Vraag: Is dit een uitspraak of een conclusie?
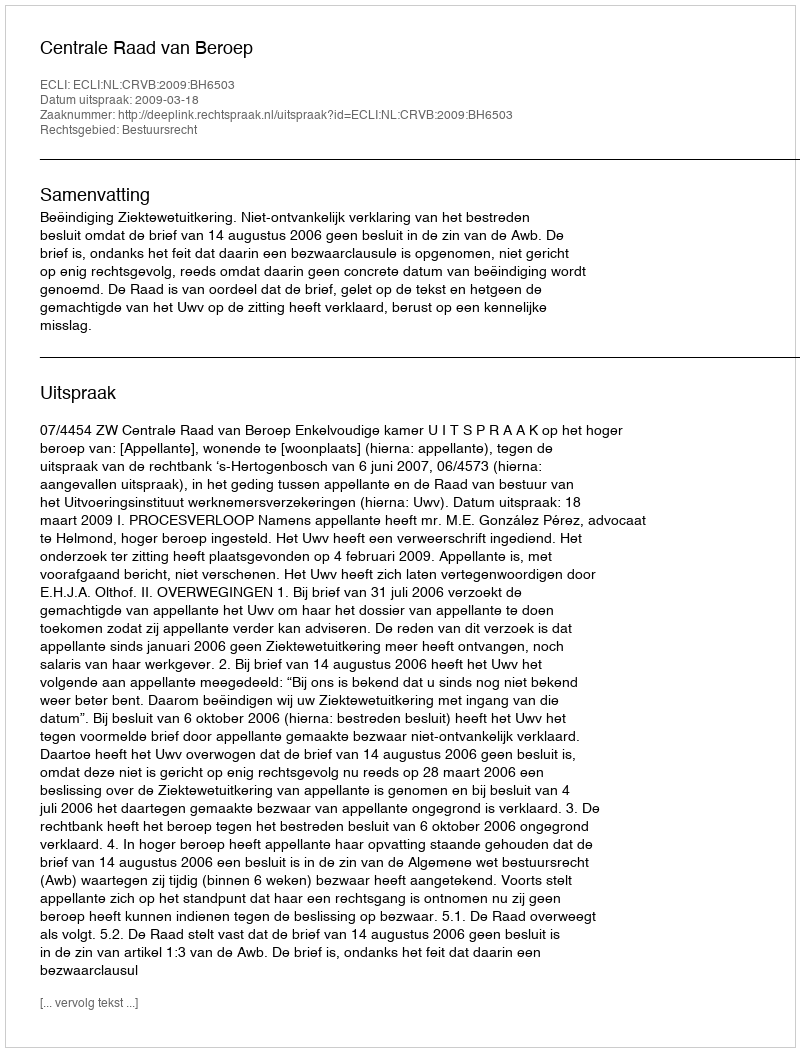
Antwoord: Uitspraak